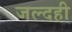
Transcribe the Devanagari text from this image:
जल्दही